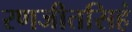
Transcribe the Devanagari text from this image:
रणजीतसिहं